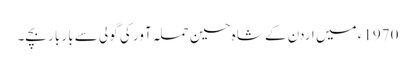
1970ء میں اردن کے شاہ حسین حملہ آور کی گولی سے بار بار بچے۔